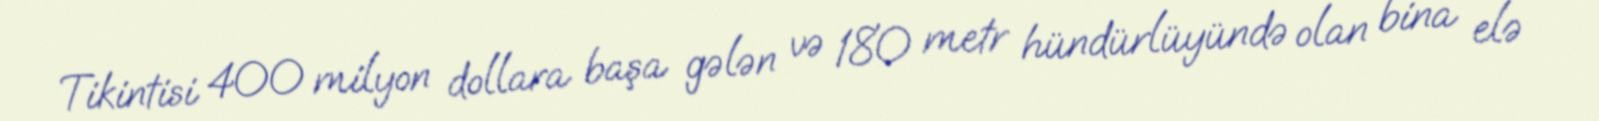
Tikintisi 400 milyon dollara başa gələn və 180 metr hündürlüyündə olan bina elə